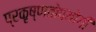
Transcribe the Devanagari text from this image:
प्रकृष्णतोपयोगी